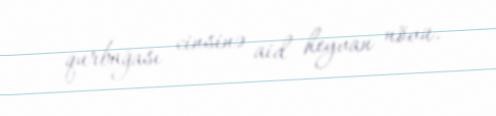
qurbağası cinsinə aid heyvan növü.